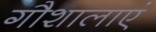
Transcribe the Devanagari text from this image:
गौशालाएं